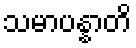
သမာပန္နာတိ